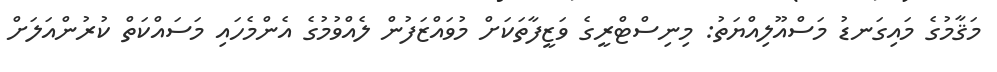
މަޤާމުގެ މައިގަނޑު މަސްއޫލިއްޔަތު: މިނިސްޓްރީގެ ވަޒީފާތަކަށް މުވައްޒަފުން ލެއްވުމުގެ އެންމެހައި މަސައްކަތް ކުރުންއަލަށް